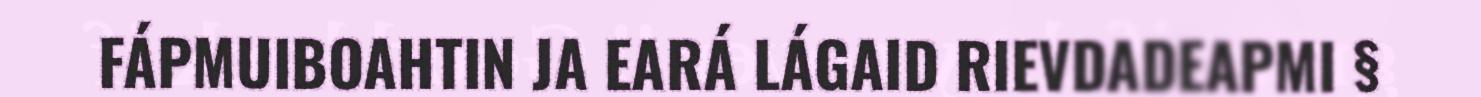
FÁPMUIBOAHTIN JA EARÁ LÁGAID RIEVDADEAPMI §